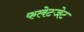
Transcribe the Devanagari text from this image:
फलेटजेट